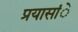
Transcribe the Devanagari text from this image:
प्रयासांे